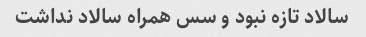
سالاد تازه نبود و سس همراه سالاد نداشت